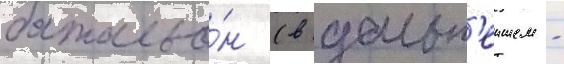
батальо́н (в дальн'еишем -